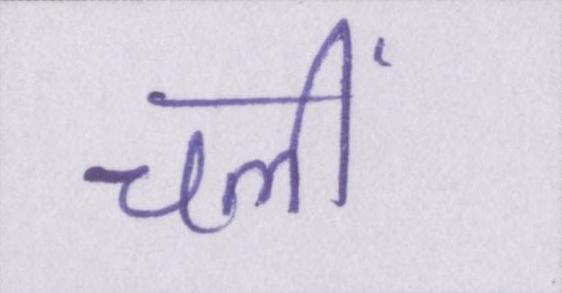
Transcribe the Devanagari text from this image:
चलीं